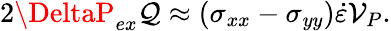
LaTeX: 2\DeltaP_{ex}\mathcal{Q}\approx(\sigma_{xx}-\sigma_{yy})\dot{{\varepsilon}}\mathcal{{V}}_{P}.